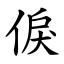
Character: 㑦